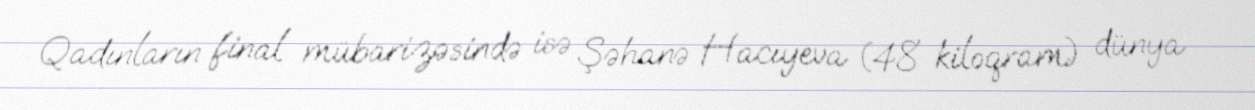
Qadınların final mübarizəsində isə Şəhanə Hacıyeva (48 kiloqram) dünya